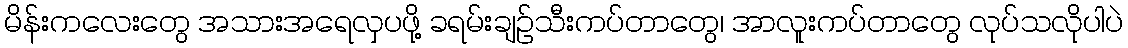
မိန်းကလေးတွေ အသားအရေလှပဖို့ ခရမ်းချဉ်သီးကပ်တာတွေ၊ အာလူးကပ်တာတွေ လုပ်သလိုပါပဲ